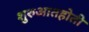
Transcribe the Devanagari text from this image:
शुरुआतहोती